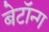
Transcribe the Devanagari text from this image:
बेटॉन्ग